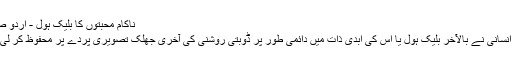
ناکام محبتوں کا بلیک ہول - اردو صفحہ
نسل انسانی نے بالآخر بلیک ہول یا اس کی ابدی ذات میں دائمی طور پر ڈوبتی روشنی کی آخری جھلک تصویری پردے پر محفوظ کر لی ہے۔